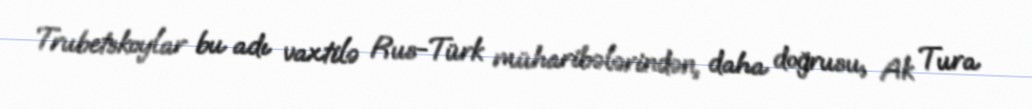
Trubetskoylar bu adı vaxtilə Rus-Türk müharibələrindən, daha doğrusu, Ak Tura